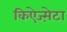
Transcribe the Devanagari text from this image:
किऐज्म़ेटा